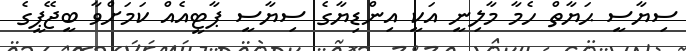
ސިޔާސީ ޙަޔާތް ހެމާ މާލިނީ އަކީ އިންޑިޔާގެ ސިޔާސީ ޕާޓީއެއް ކަަމަށްވާ ބީޖޭޕީގެ